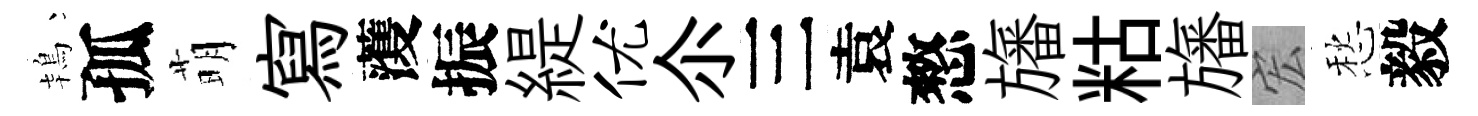
鴇孤萌寫𮑮振緹优尒三袁憗旛䊀旛宏愁毅